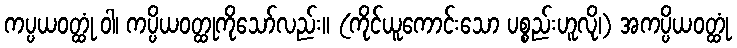
ကပ္ပယဝတ္ထုံ ဝါ၊ ကပ္ပိယဝတ္ထုကိုသော်လည်း။ (ကိုင်ယူကောင်းသော ပစ္စည်းဟူလို၊) အကပ္ပိယဝတ္ထုံ